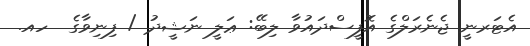
އެޓަރނީ ޖެނެރަލްގެ އޮފީސްދައުވާ ލިބޭ: ޢަލީ ނަޝީދު / ފިނިވާގެ  ހއ.